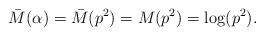
LaTeX: \begin{align*} \bar M(\alpha) = \bar M(p^2) = M(p^2) = \log (p^2).\end{align*}